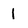
Character: 1